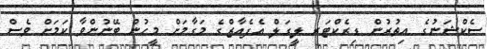
ސެކްޝަނުގެ އިތުރުން ޑިރެކްޓަރ ލީގަލް އެފެއާޒްގެ މަގާމަށް މީހުން ބޭނުންވާ ކަމަށް ވެސް